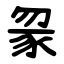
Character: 䝆